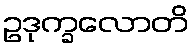
ဥဒုက္ခလောတိ